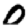
Digit: 0